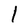
Character: l